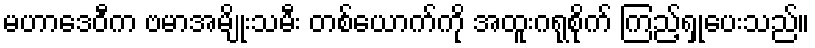
မဟာဒေဝီက ဗမာအမျိုးသမီး တစ်ယောက်ကို အထူးဂရုစိုက် ကြည့်ရှုပေးသည်။